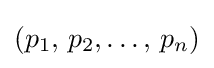
(p_{1},\,p_{2},\dots ,\,p_{n})